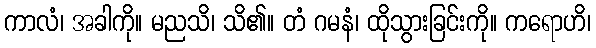
ကာလံ၊ အခါကို။ မညသိ၊ သိ၏။ တံ ဂမနံ၊ ထိုသွားခြင်းကို။ ကရောဟိ၊